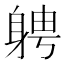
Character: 𮜷